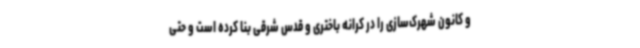
و کانون شهرک‌سازی را در کرانه باختری و قدس شرقی بنا کرده است و حتی